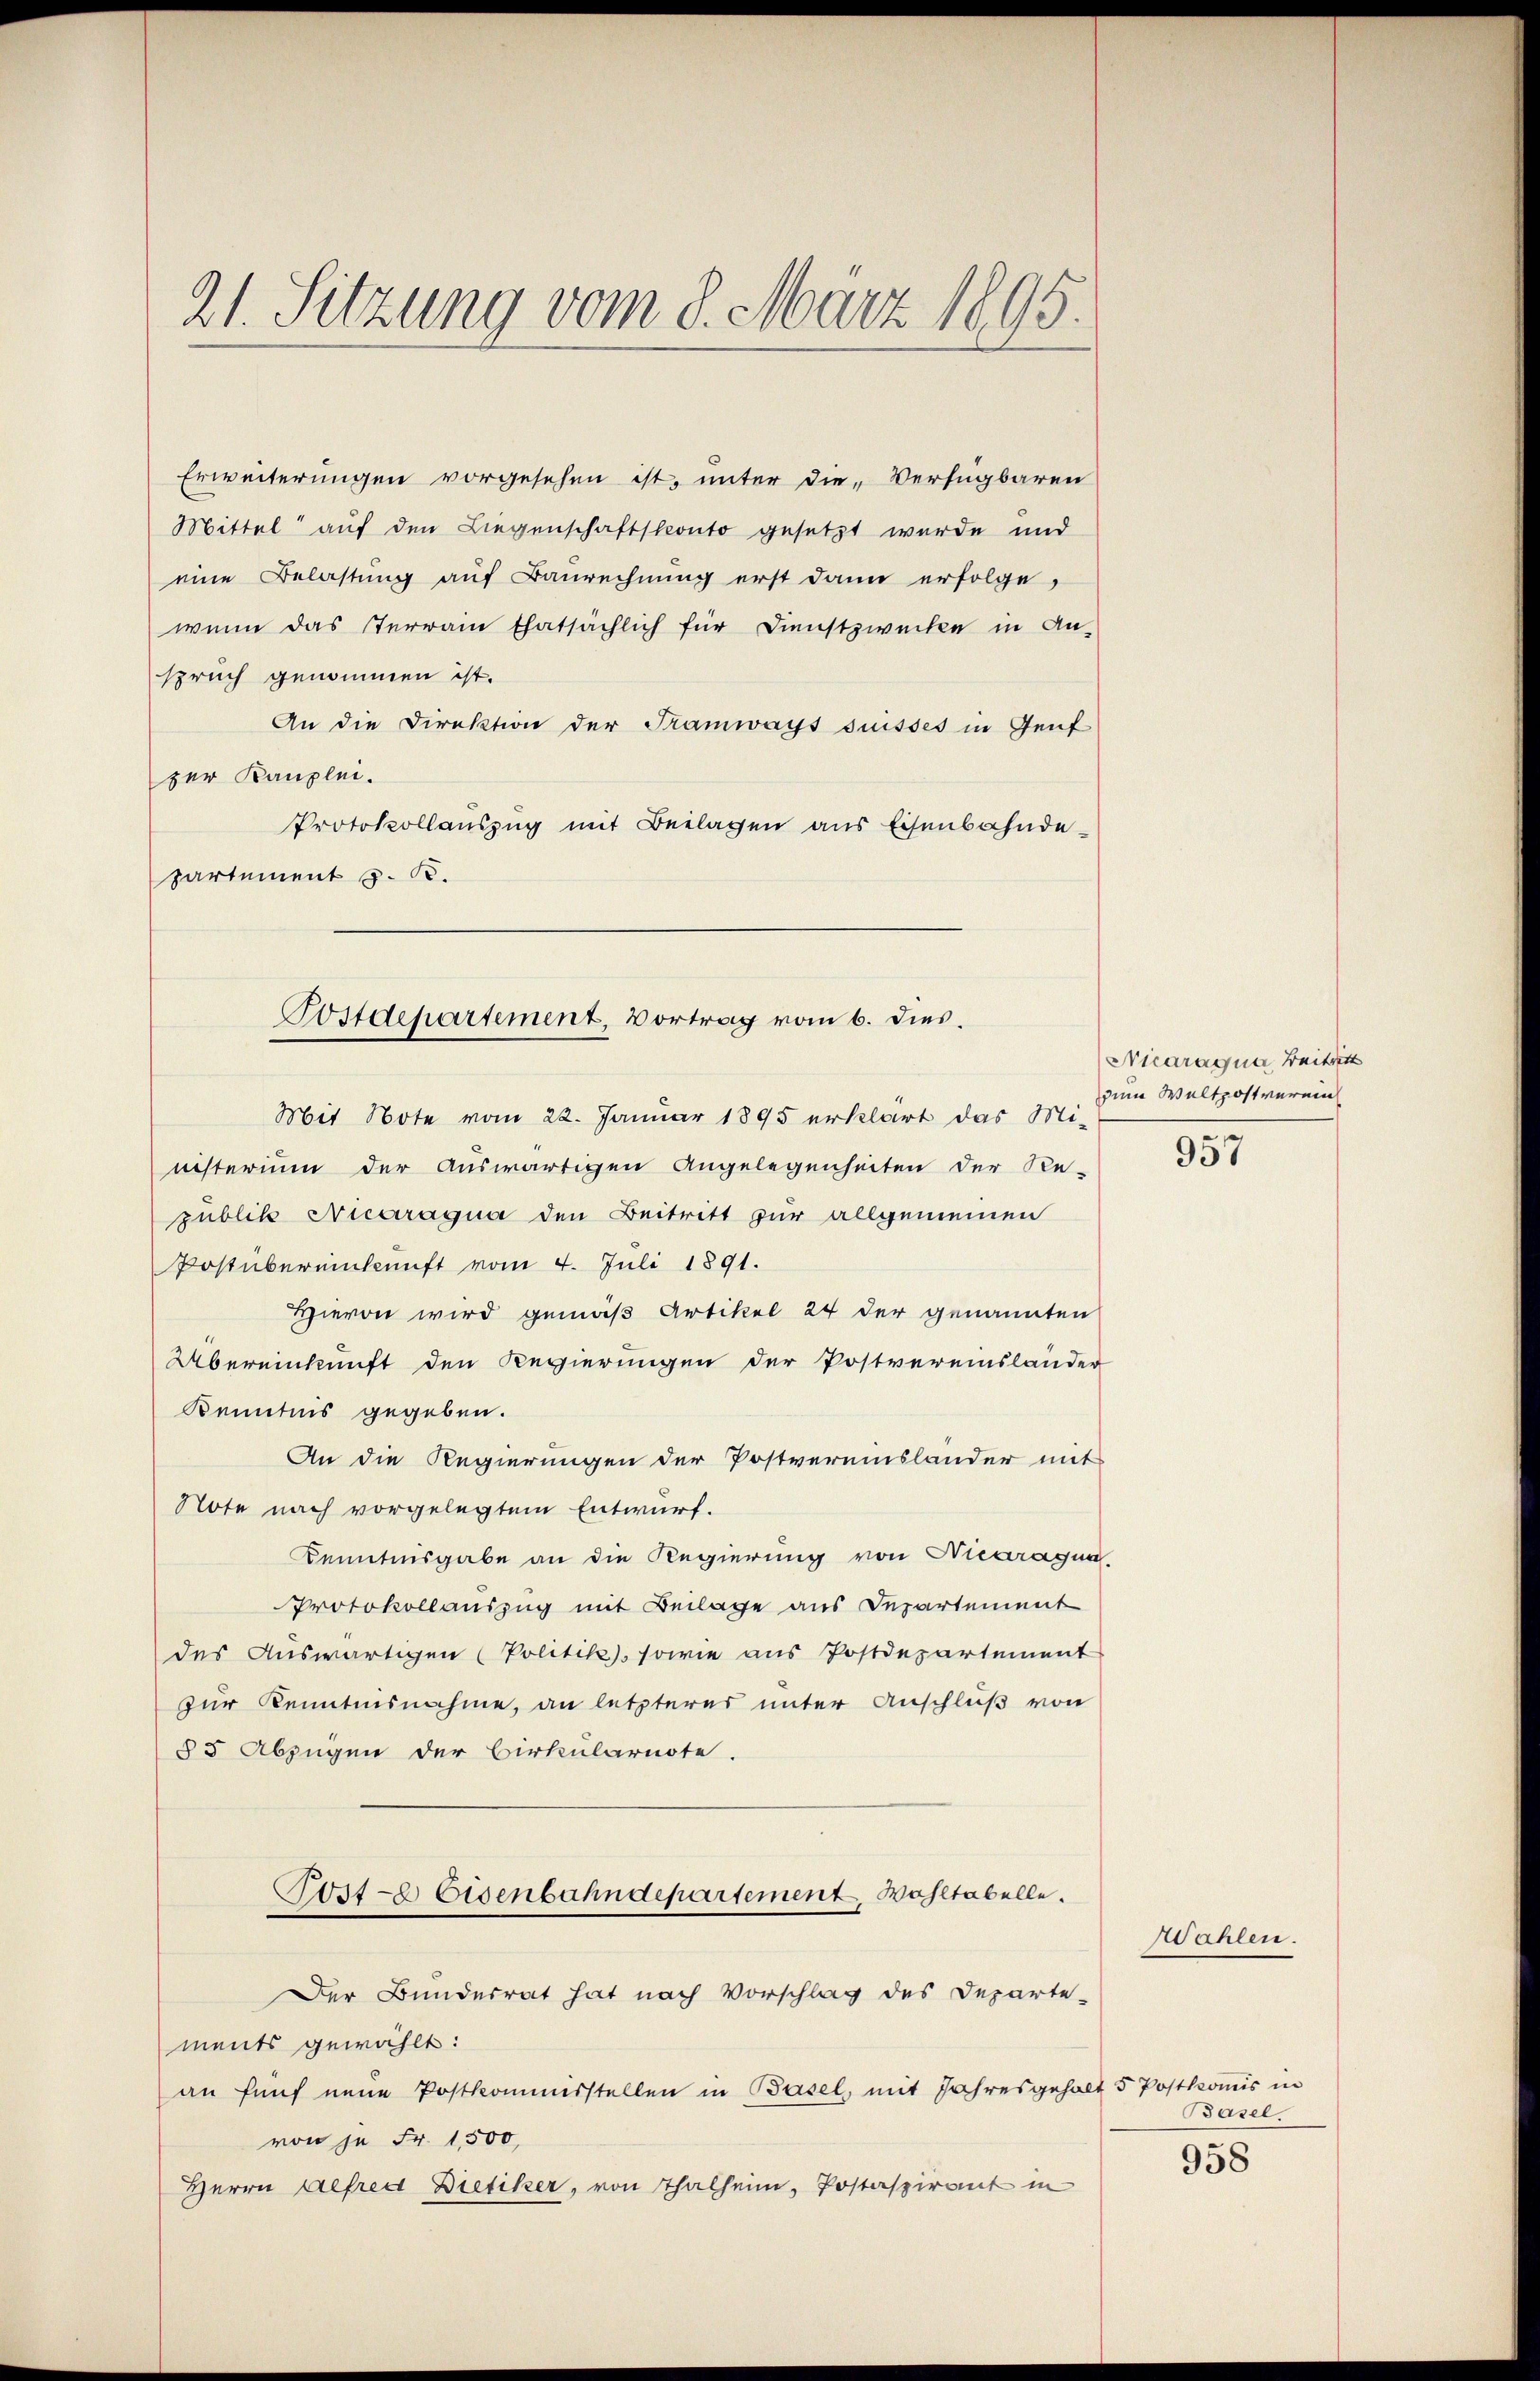
21. Sitzung vom 8. März 1895.

Erweiterungen vorgesehen ist, unter die „Verfügbaren
Mittel auf den Liegenschaftskonto gesetzt wurde und
eine Belastung auf Baurechnung erst dann erfolge,
wenn das Terrain thatsächlich für Dienstzwecken in An-
spruch genommen ist.
An die Direktion der Tramways suisses in Genf
zer Kanzlei.
Protokollauszug mit Beilagen aus Eisenbahnde-
partement z. B.
Mit Note vom 22. Januar 1895 erklärt das Mi-
nisterium der auswärtigen Angelegenheiten der Re-
publik Aicaragua den Beitritt zur allgemeinen
Postübereinkunft vom 4. Juli 1891.
Hievon wird gemäß Artikel 24 der genannten
Übereinkunft den Regierungen der Postvereinslander
Kenntnis gegeben.
An die Regierungen der Postvereinslander mit
Note nach vorgelegtem Entwurf.
Kenntnisgabe an die Regierung von Vicaragun
Protokollauszug mit Beilage aus Departement
des Auswärtigen (Politik), sowie aus Postdepartement
zur Kenntnisnahme, an letzteres unter Anschluß von
§5 Abzügen der Birkularnote.
Post-E Eisenbahndepartement Wohltabelle.
Der Bundesrat hat nach Vorschlag des Departe-
ments gewählt:
an fünf neue Postkommisstellen in Basel, mit Jahresgehalt 5 Postkomis in
von je Fr. 1500,
Herrn Befred Dietiker, von Thalheim, Postaspirant in

Postdepartement, Vortrag vom 6. dies.

Nicaraqua Beitritt
zum Weltzostverein

957

Wahlen.

Basel.

958